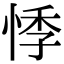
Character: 悸